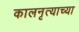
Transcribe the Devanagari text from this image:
कालनृत्याच्या